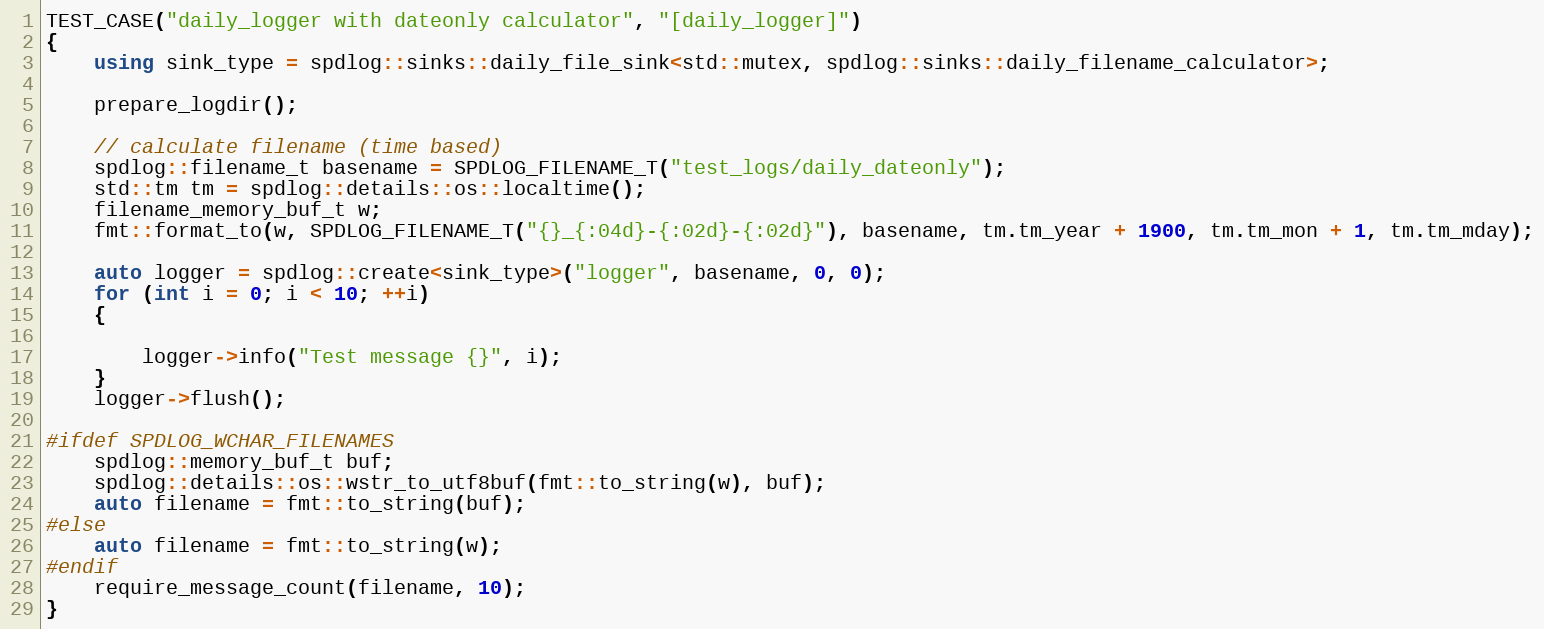
Language: C++
TEST_CASE("daily_logger with dateonly calculator", "[daily_logger]")
{
    using sink_type = spdlog::sinks::daily_file_sink<std::mutex, spdlog::sinks::daily_filename_calculator>;

    prepare_logdir();

    // calculate filename (time based)
    spdlog::filename_t basename = SPDLOG_FILENAME_T("test_logs/daily_dateonly");
    std::tm tm = spdlog::details::os::localtime();
    filename_memory_buf_t w;
    fmt::format_to(w, SPDLOG_FILENAME_T("{}_{:04d}-{:02d}-{:02d}"), basename, tm.tm_year + 1900, tm.tm_mon + 1, tm.tm_mday);

    auto logger = spdlog::create<sink_type>("logger", basename, 0, 0);
    for (int i = 0; i < 10; ++i)
    {

        logger->info("Test message {}", i);
    }
    logger->flush();

#ifdef SPDLOG_WCHAR_FILENAMES
    spdlog::memory_buf_t buf;
    spdlog::details::os::wstr_to_utf8buf(fmt::to_string(w), buf);
    auto filename = fmt::to_string(buf);
#else
    auto filename = fmt::to_string(w);
#endif
    require_message_count(filename, 10);
}